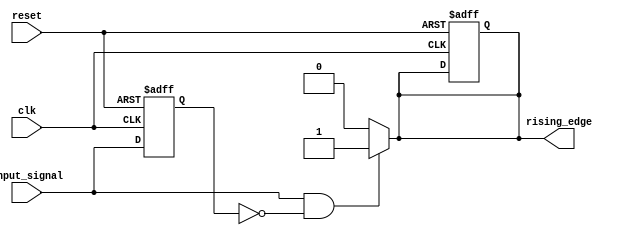
module rising_edge_detector (
    input wire clk,               // Clock signal
    input wire reset,             // Asynchronous reset signal
    input wire input_signal,      // Signal to detect rising edge
    output reg rising_edge        // Output signal indicating rising edge
);

    reg previous_state;           // Storage element to hold the previous state

    // Sequential logic to store the previous state of input_signal
    always @(posedge clk or posedge reset) begin
        if (reset) begin
            previous_state <= 1'b0; // Reset previous state to 0
            rising_edge <= 1'b0;     // Reset rising edge output
        end else begin
            previous_state <= input_signal; // Capture current input_signal
        end
    end

    // Combinatorial logic to detect rising edge
    always @(*) begin
        if (input_signal && !previous_state) begin
            rising_edge = 1'b1; // Rising edge detected
        end else begin
            rising_edge = 1'b0; // No rising edge
        end
    end

endmodule